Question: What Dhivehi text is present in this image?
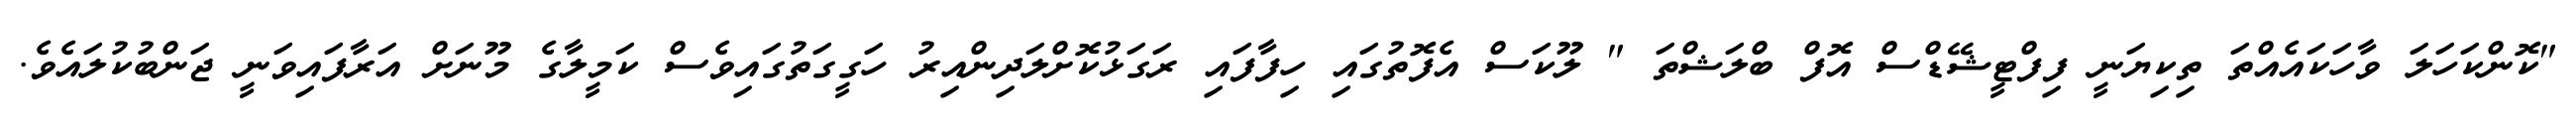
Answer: "ކޮންކަހަލަ ވާހަކައެއްތަ ތިކިޔަނީ ފިފްޓީޝޭޑްސް އޮފް ބްލަޝްތަ " ލޫކަސް އެފޮތުގައި ހިފާފައި ރަގަޅުކޮށްލަދިންއިރު ހަގީގަތުގައިވެސް ކަމީލާގެ މޫނަށް އަރާފައިވަނީ ޖަންބުކުލައެވެ.